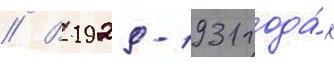
// В 1929-1931 года́х